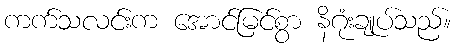
ကက်သလင်းက အောင်မြင်စွာ နိဂုံးချုပ်သည်။